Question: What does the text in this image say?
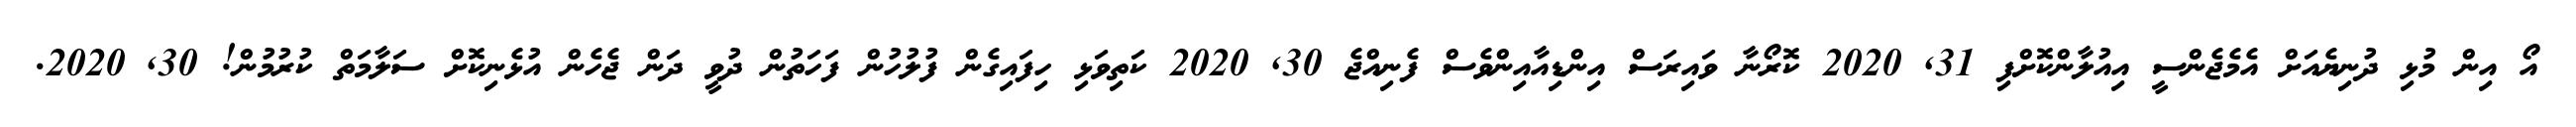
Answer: އޯ އިން މުޅި ދުނިޔެއަށް އެމެޖެންސީ އިއުލާންކޮށްފި 31, 2020 ކޮރޯނާ ވައިރަސް އިންޑިއާއިންވެސް ފެނިއްޖެ 30, 2020 ކަތިވަޅި ހިފައިގެން ފުލުހުން ފަހަތުން ދުވީ ދަން ޖެހެން އުޅެނިކޮށް ސަލާމަތް ކުރުމުން! 30, 2020.